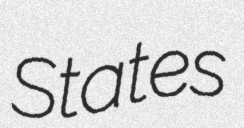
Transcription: States